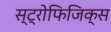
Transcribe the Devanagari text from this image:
स्ट्रोफिजिक्स